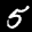
Label: 5